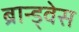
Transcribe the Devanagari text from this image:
ब्रान्ड्वेस